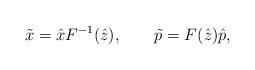
\begin{align*}\tilde x=\hat x F^{-1}(\hat z), \qquad \tilde p= F(\hat z)\hat p,\end{align*}